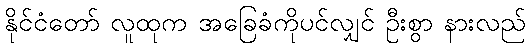
နိုင်ငံတော် လူထုက အခြေခံကိုပင်လျှင် ဦးစွာ နားလည်